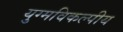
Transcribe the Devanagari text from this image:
युग्मविकल्पीय